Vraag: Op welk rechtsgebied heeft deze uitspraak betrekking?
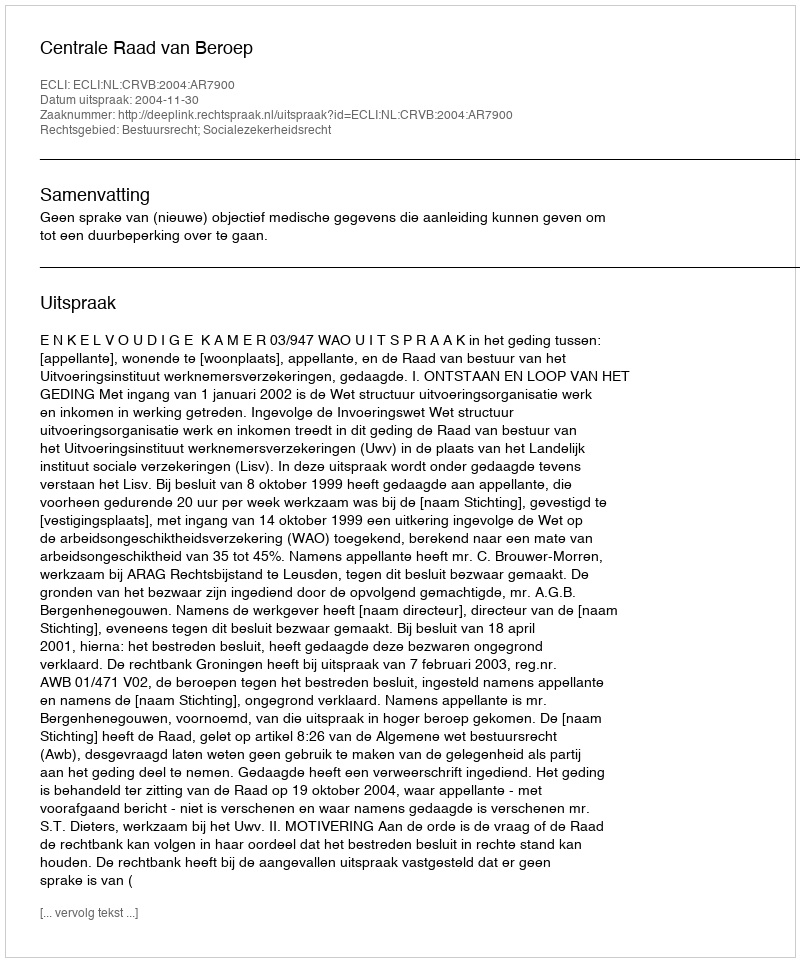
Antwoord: Bestuursrecht; Socialezekerheidsrecht